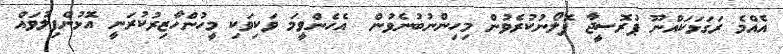
އެއްމެ ރަގަޅަކައްނޫ ޕުރޮސީޖާ ފޮލޯނުކުރެވުން މިހިންނުބުނެވުން  އެހެންވީމަ ވަކިވަކި މީހުންހާޒިރުކުރަނީ އޮޅުންފިލުވައް